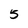
Character: 5